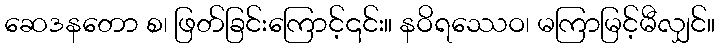
ဆေဒနတော စ၊ ဖြတ်ခြင်းကြောင့်၎င်း။ နဝိရဿေဝ၊ မကြာမြင့်မီလျှင်။